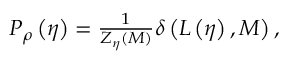
\begin{array} { r } { P _ { \rho } \left( \eta \right) = \frac { 1 } { Z _ { \eta } \left( M \right) } \delta \left( L \left( \eta \right) , M \right) , } \end{array}